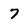
Character: 7